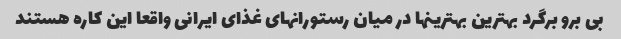
بی برو برگرد بهترین بهترینها در میان رستورانهای غذای ایرانی واقعا این کاره هستند